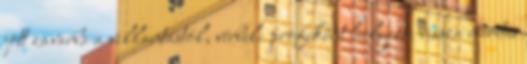
jött za­varba a vil­lan­tás­tól, vér­beli profi­ként he­lyezte vissza mé­re­tes